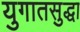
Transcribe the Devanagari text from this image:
युगातसुद्धा